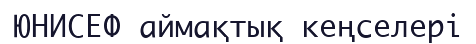
ЮНИСЕФ аймақтық кеңселері